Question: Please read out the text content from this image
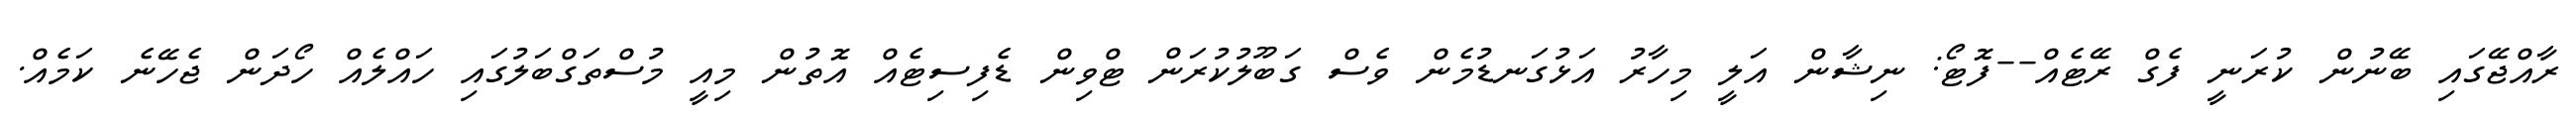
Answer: ރާއްޖޭގައި ބޭނުން ކުރަނީ ފެގް ރޭޓެއް--ފޮޓޯ: ނިޝާން އަލީ މިހާރު އަޅުގަނޑުމެން ވެސް ގަބޫލުކުރަން ޓްވިން ޑެފިސިޓެއް އޮތުން މިއީ މުސްތަގްބަލުގައި ހައްލެއް ހޯދަން ޖެހޭނެ ކަމެއް.